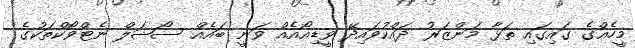
މީހެއްގެ ގައިގައި ތަޅާ މަންޒަރު ދައްކުވައިދޭ ވީޑިއޯއެއް ވަނީ ބައެއް ސޯޝަލް ނެޓްވޯކްތަކުގެ